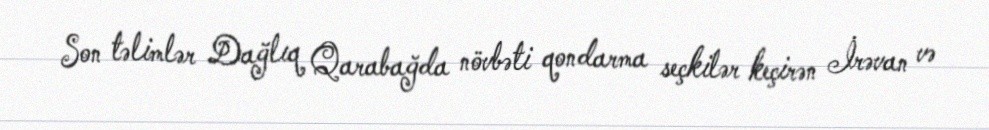
Son təlimlər Dağlıq Qarabağda növbəti qondarma seçkilər keçirən İrəvan və